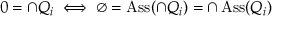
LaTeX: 0 = \cap Q _ { i } \iff \emptyset = \operatorname { A s s } ( \cap Q _ { i } ) = \cap \operatorname { A s s } ( Q _ { i } )